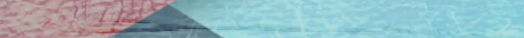
بيع وشراء قطع غيار الأجهز